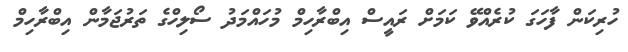
ހުރިކަން ފާހަގަ ކުރެއްވޭ ކަމަށް ރައީސް އިބްރާހިމް މުހައްމަދު ސޯލިހްގެ ތަރުޖަމާން އިބްރާހިމް